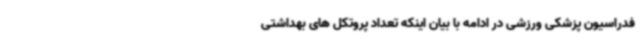
فدراسیون پزشکی ورزشی در ادامه با بیان اینکه تعداد پروتکل های بهداشتی